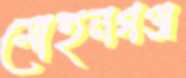
মোহনগঞ্জ